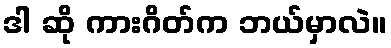
ဒါ ဆို ကားဂိတ်က ဘယ်မှာလဲ။